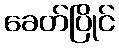
ခေတ်ပြိုင်